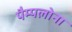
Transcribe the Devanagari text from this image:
पैम्पलोना